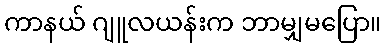
ကာနယ် ဂျူလယန်းက ဘာမျှမပြော။